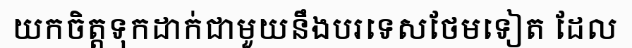
យកចិត្តទុកដាក់ជាមួយនឹងបរទេសថែមទៀត ដែល